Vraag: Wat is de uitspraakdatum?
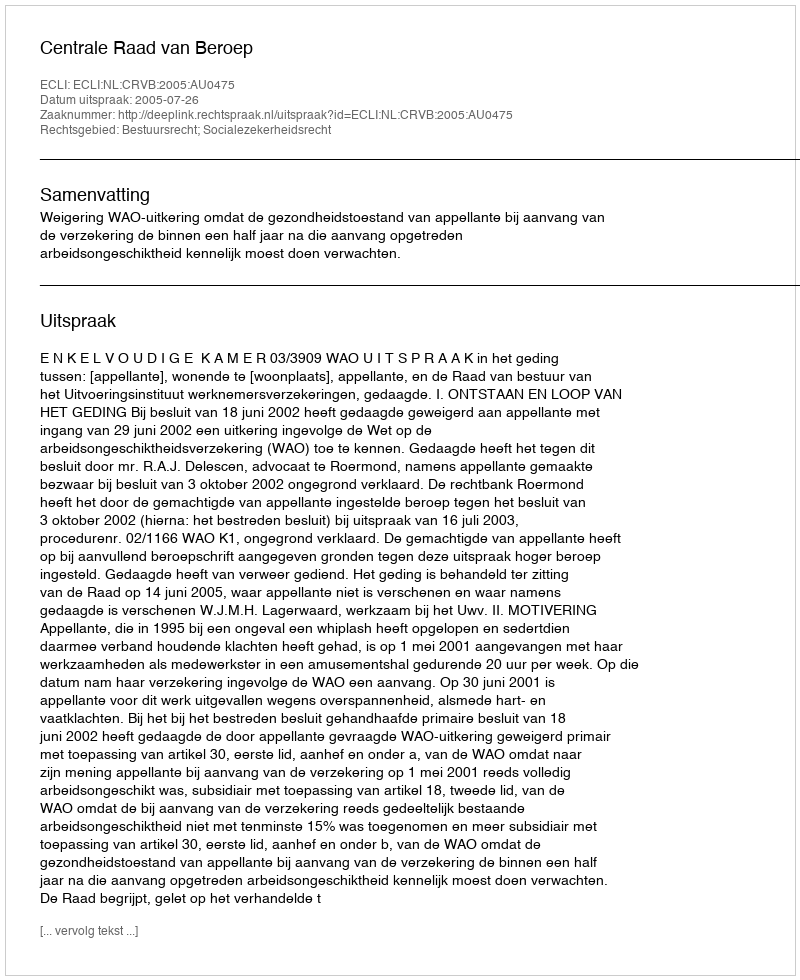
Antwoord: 2005-07-26